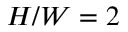
H / W = 2